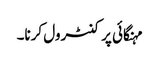
مہنگائی پر کنٹرول کرنا۔